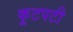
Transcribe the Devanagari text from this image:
कूटपटी